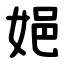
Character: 㛕